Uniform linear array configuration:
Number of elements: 16
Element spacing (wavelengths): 1
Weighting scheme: kaiser
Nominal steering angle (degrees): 45
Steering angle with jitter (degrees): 45.712
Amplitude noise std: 0.05
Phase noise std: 0.05

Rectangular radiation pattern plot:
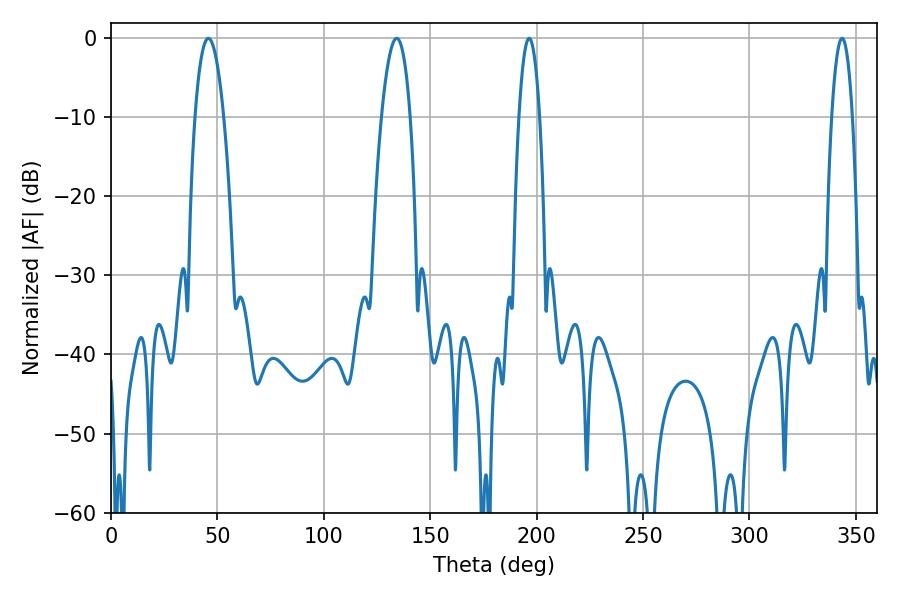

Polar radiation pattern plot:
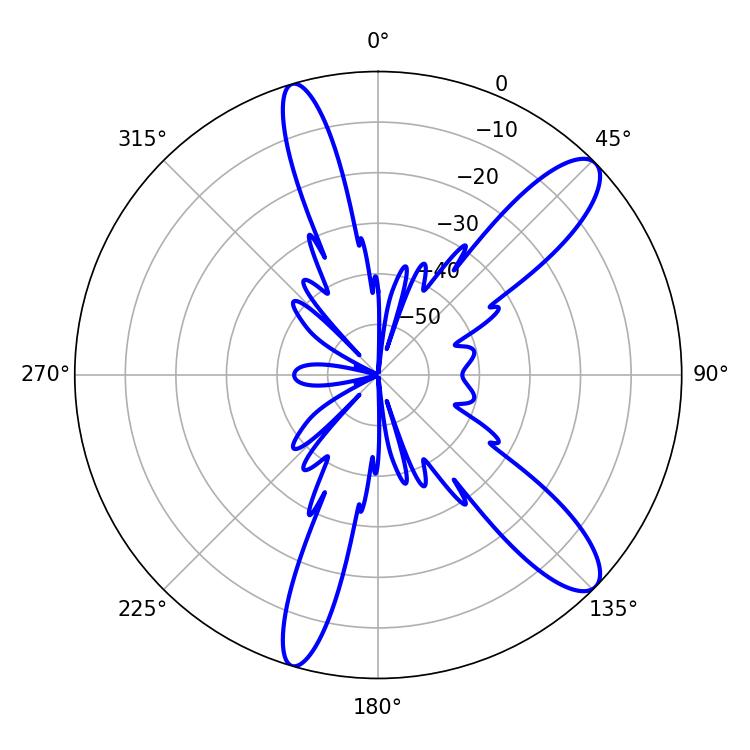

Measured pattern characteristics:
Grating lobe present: TRUE
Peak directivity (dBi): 11.438
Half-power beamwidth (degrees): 7.56
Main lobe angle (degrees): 134.28